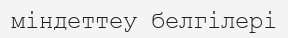
міндеттеу белгілері